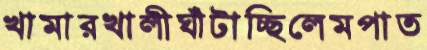
খামারখালীঘাঁটাচ্ছিলেমপাত